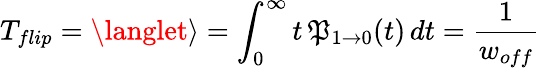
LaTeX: T_{flip}=\langlet\rangle=\int_{0}^{\infty}t\, \mathfrak{P}_{1\rightarrow0}(t)\, dt={\frac{{1}}{{w_{off}}}}